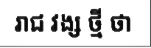
រាជ វង្ស ថ្មី ថា